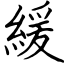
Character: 緩